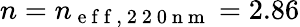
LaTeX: n=n_{\mathrm{~e~f~f~,~2~2~0~n~m~}}=2.86